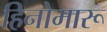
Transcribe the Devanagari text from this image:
हिनोमारू